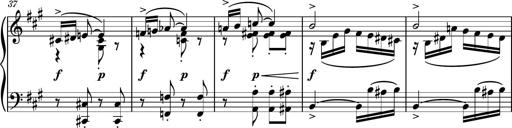
Title: Piano Sonatina No.6
Composer: Dimitri Sykias
Key: A major